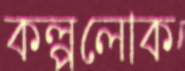
কল্পলোক